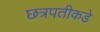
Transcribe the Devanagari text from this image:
छत्रपतीकडे